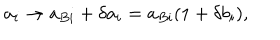
a _ { i } \to a _ { B i } + \delta a _ { i } = a _ { B i } ( 1 + \delta b _ { i } ) ,